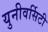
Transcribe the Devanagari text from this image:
युनीवर्सिटी